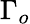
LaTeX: \Gamma_{o}